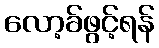
လော့ခ်ဖွင့်ရန်